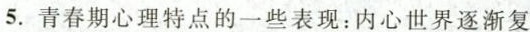
5.青春期心理特点的一些表现：内心世界逐渐复